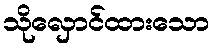
သိုလှောင်ထားသော